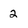
Character: 2